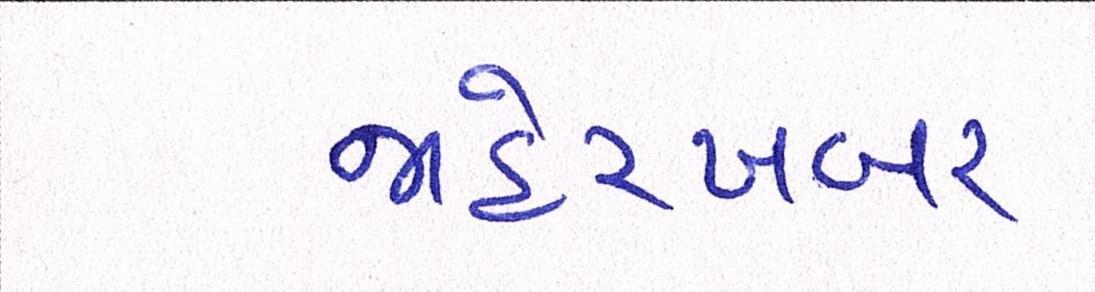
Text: જાહેરખબર